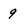
Character: 9